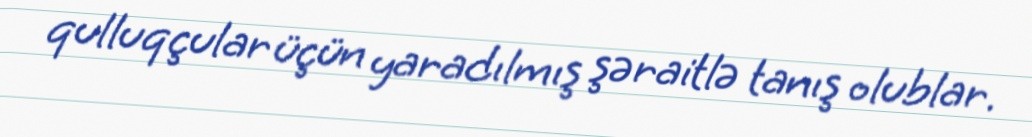
qulluqçular üçün yaradılmış şəraitlə tanış olublar.